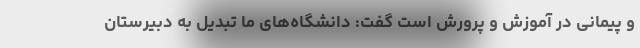
و پیمانی در آموزش و پرورش است گفت: دانشگاه‌های ما تبدیل به دبیرستان